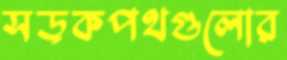
সড়কপথগুলোর